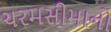
ચરમસીમાનો